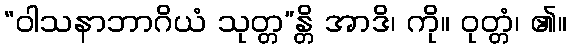
“ဝါသနာဘာဂိယံ သုတ္တ”န္တိ အာဒိ၊ ကို။ ဝုတ္တံ၊ ၏။